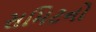
સમિટનો